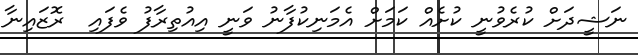
ނަޝީދަށް ކުރެވުނީ ކުށެއް ކަމަށް އެމަނިކުފާނު ވަނީ އިއުތިރާފު ވެފައި  ރޮޒައިނާ